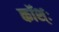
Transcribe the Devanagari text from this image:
कॉश्ः